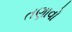
તણાવો